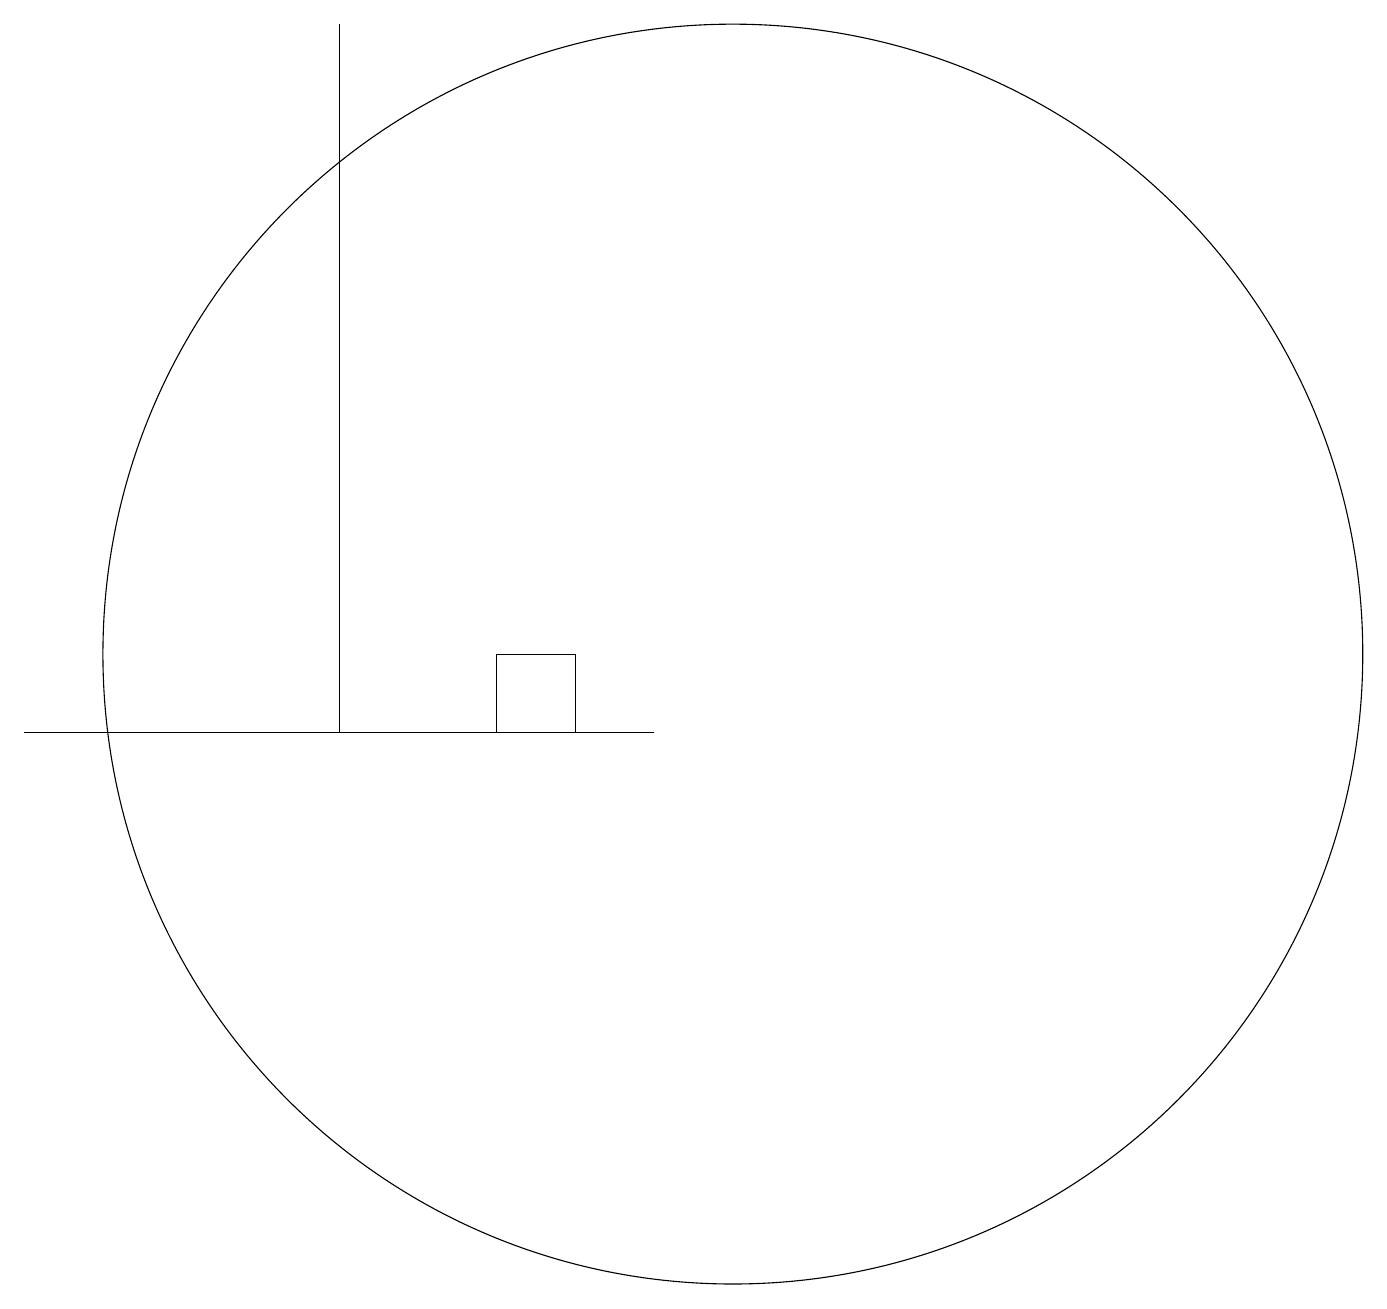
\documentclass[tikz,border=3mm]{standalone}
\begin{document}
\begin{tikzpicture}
\draw (8,10) rectangle (7,11);
\draw (10,11) circle (8);
\draw (1,10) rectangle (9,10);
\draw (5,10) rectangle (5,19);
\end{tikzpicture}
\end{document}